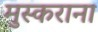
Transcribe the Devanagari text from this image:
मुस्कराना